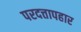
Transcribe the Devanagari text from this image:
परदत्तापहार